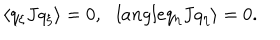
\langle q _ { \xi } J q _ { \xi } \rangle = 0 , \ \ \, l a n g l e q _ { \eta } J q _ { \eta } \rangle = 0 .